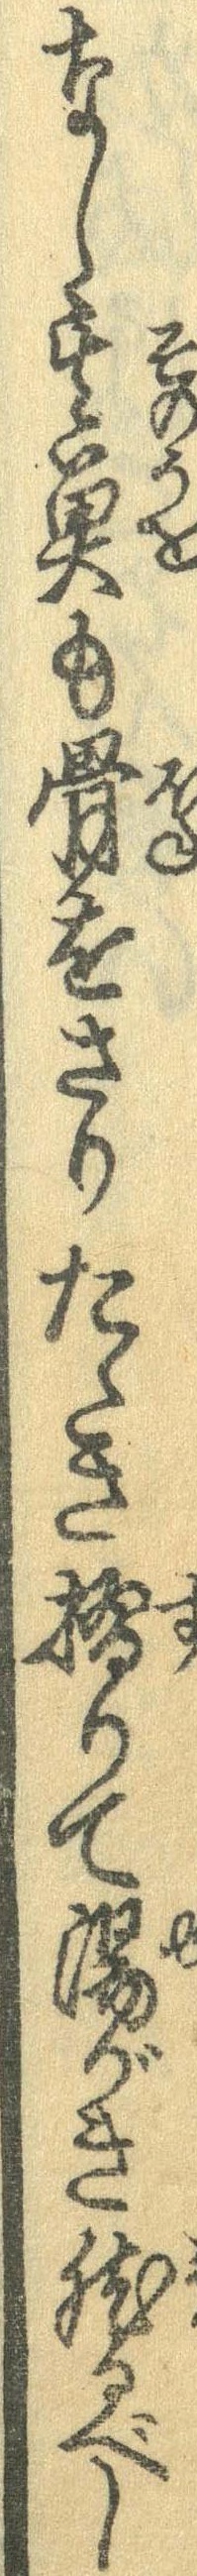
なし其魚も骨をさりたゝき摺りて湯がき然るべし